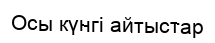
Осы күнгі айтыстар